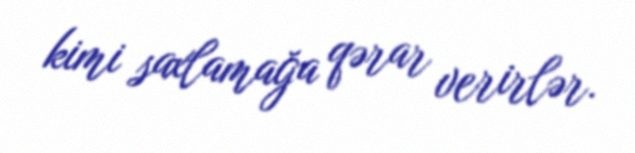
kimi saxlamağa qərar verirlər.